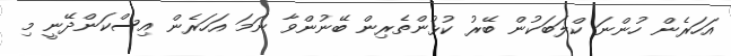
އަހަރެން ހުންނަ ކްލަބަކުން ބޭރު ކުޅުންތެރިން ބޭނުންވާ ނަމަ އަހަރެން އިސްކަންދޭނީ މި